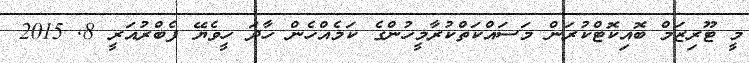
މީ ޓޫރިޒަމް ބޮއިކޮޓްކުރަން މަސައްކަތްކުރާމީހުންގެ ކަމެއްހެން ހާދަ ހީވެޔޭ ފެބްރުއަރީ 8